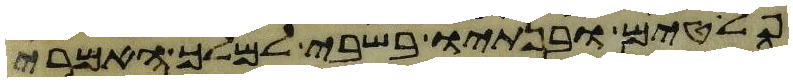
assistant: פלטים ובנתיו בשבי למלך האמרי